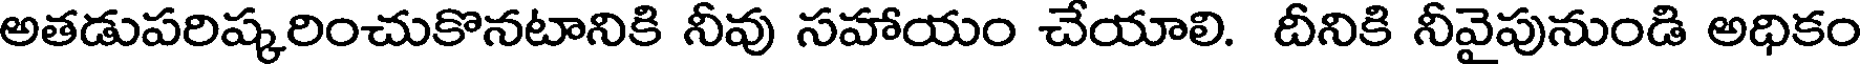
అతడుపరిష్కరించుకొనటానికి నీవు సహాయం చేయాలి. దీనికి నీవైపునుండి అధికం